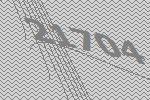
21704